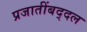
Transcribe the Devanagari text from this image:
प्रजातींबद्दल